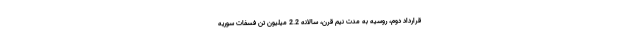
قرارداد دوم، روسیه به مدت نیم قرن، سالانه 2.2 میلیون تن فسفات سوریه